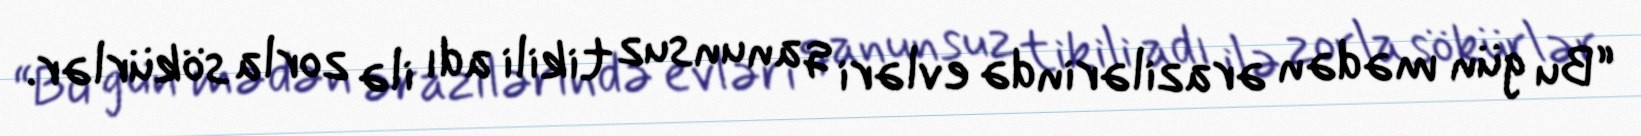
“Bu gün mədən ərazilərində evləri qanunsuz tikili adı ilə zorla sökürlər.